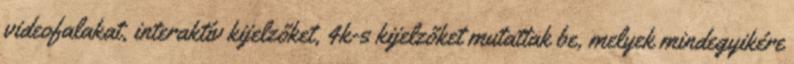
videofalakat, interaktív kijelzőket, 4k-s kijelzőket mutattak be, melyek mindegyikére